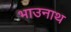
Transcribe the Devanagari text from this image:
भाउनाथ